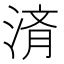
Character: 𬈀